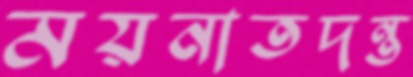
ময়নাতদন্ত